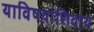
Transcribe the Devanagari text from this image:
याविषयांशिवाय